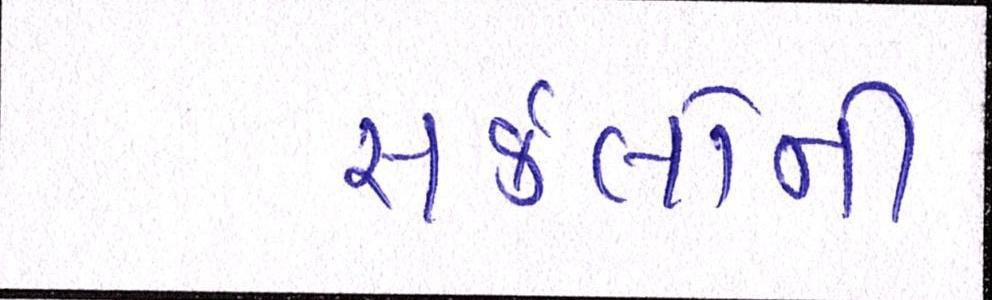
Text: સર્કલોની